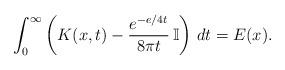
LaTeX: \begin{align*}\int_0^\infty\left(K(x,t)-\frac{e^{-e/4t}}{8\pi t}\,\mathbb I\right)\,dt=E(x).\end{align*}